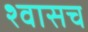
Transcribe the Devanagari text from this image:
श्वासच